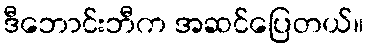
ဒီဘောင်းဘီက အဆင်ပြေတယ်။